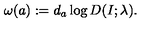
\omega ( a ) : = d _ { a } \log D ( I ; \lambda ) .